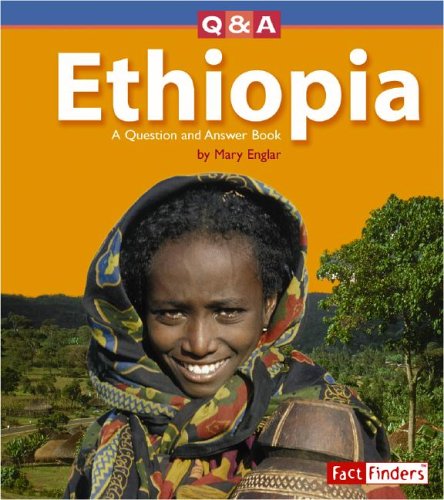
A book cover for Ethiopia: A Question and Answer Book (Questions and Answers: Countries); Mary Englar; Children's Books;